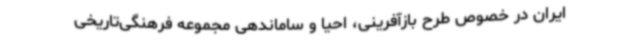
ایران در خصوص طرح بازآفرینی، احیا و ساماندهی مجموعه فرهنگی‌تاریخی